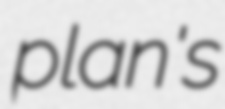
plan's